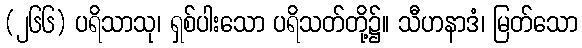
(၂၆၆) ပရိသာသု၊ ရှစ်ပါးသော ပရိသတ်တို့၌။ သီဟနာဒံ၊ မြတ်သော